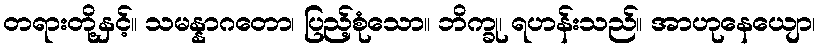
တရားတို့နှင့်။ သမန္နာဂတော၊ ပြည့်စုံသော။ ဘိက္ခု၊ ရဟန်းသည်။ အာဟုနေယျော၊